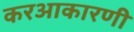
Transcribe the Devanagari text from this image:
करआकारणी